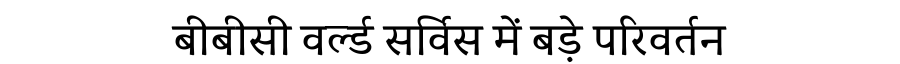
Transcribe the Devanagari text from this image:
बीबीसी वर्ल्ड सर्विस में बड़े परिवर्तन